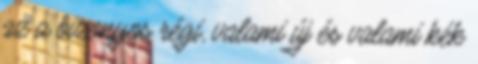
az a bizonyos régi, valami új és valami kék